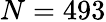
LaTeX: N=493